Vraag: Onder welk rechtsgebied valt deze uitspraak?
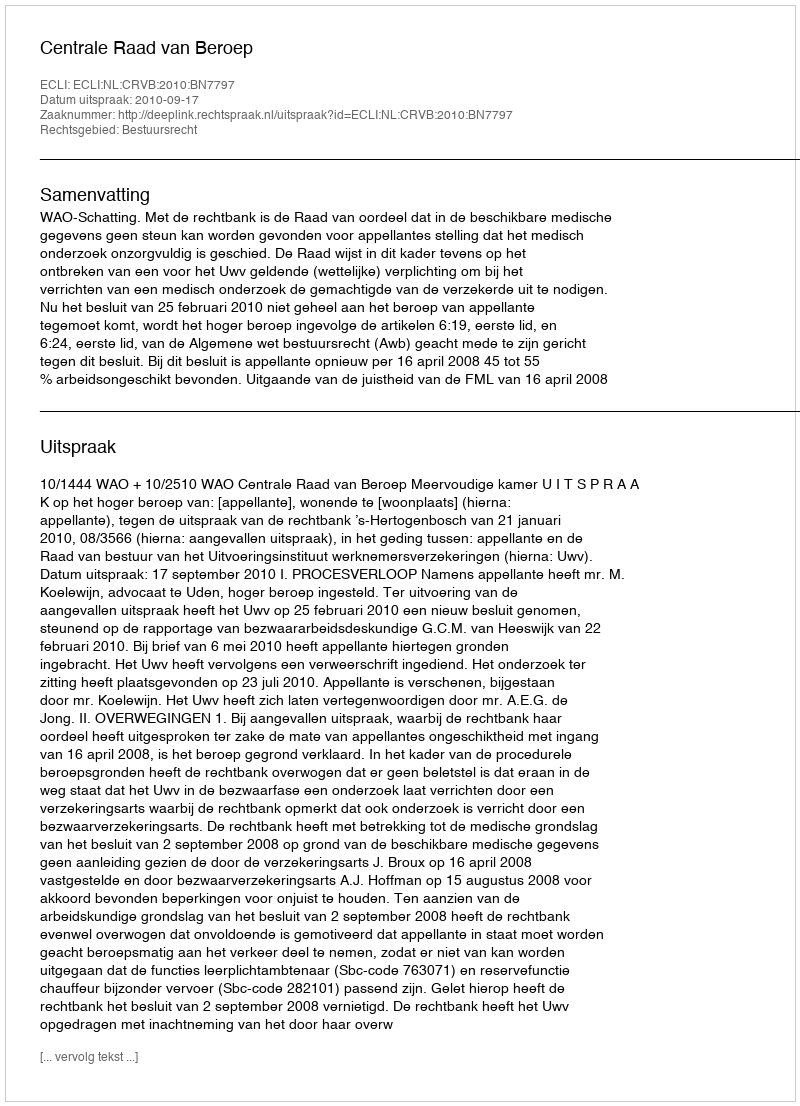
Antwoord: Bestuursrecht